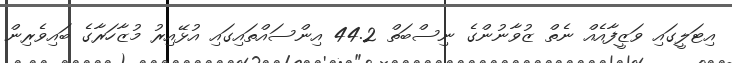
އިޓަލީގައި ވަޒީފާއެއް ނެތް ޒުވާނުންގެ ނިސްބަތް 44.2 އިންސައްތައިގައި އުޅޭއިރު މުޒާހަރާގެ ބައިވެރިން